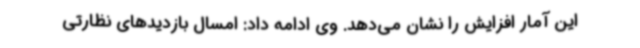
این آمار افزایش را نشان می‌دهد. وی ادامه داد: امسال بازدیدهای نظارتی